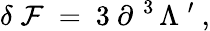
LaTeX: \delta\; {\cal F}\ =\ 3\ \partial^{\; 3}\, \Lambda^{\; \prime}\ ,